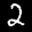
Label: 2